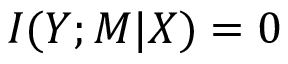
I ( Y ; M \vert X ) = 0